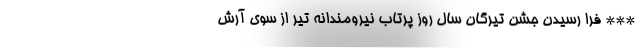
*** فرا رسیدن جشن تیرگان سال روز پرتاب نیرومندانه تیر از سوی آرش